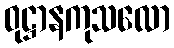
ဝုဋ္ဌာနကုသလော